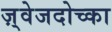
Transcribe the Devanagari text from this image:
ज़्वेजदोच्का